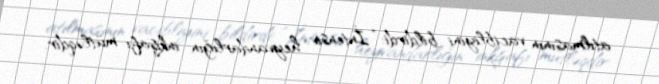
atılmasının vacibliyini bildirdi: “İntensiv heyvandarlığın inkişafı mütləqdir.